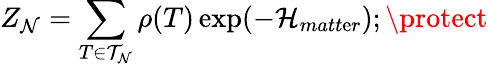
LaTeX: Z_{\mathcal{N}}=\sum_{T\in{\cal{T}}_{\mathcal{N}}}\rho(T)\exp(-{\cal{H}}_{matt\mathrm{e}r});\protect